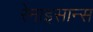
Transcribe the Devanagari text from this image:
रेनाइसान्स